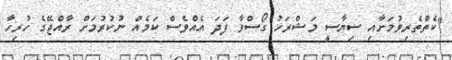
"ކެތްތެރިވުމަށާއި ސިޔާސީ މަޝްރަހު ގޯސްވާ ފަދަ އެއްވެސް ކަމެއް ނުކުރުމަށް ރާއްޖޭގެ ހުރިހާ